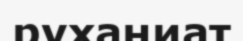
руханиат